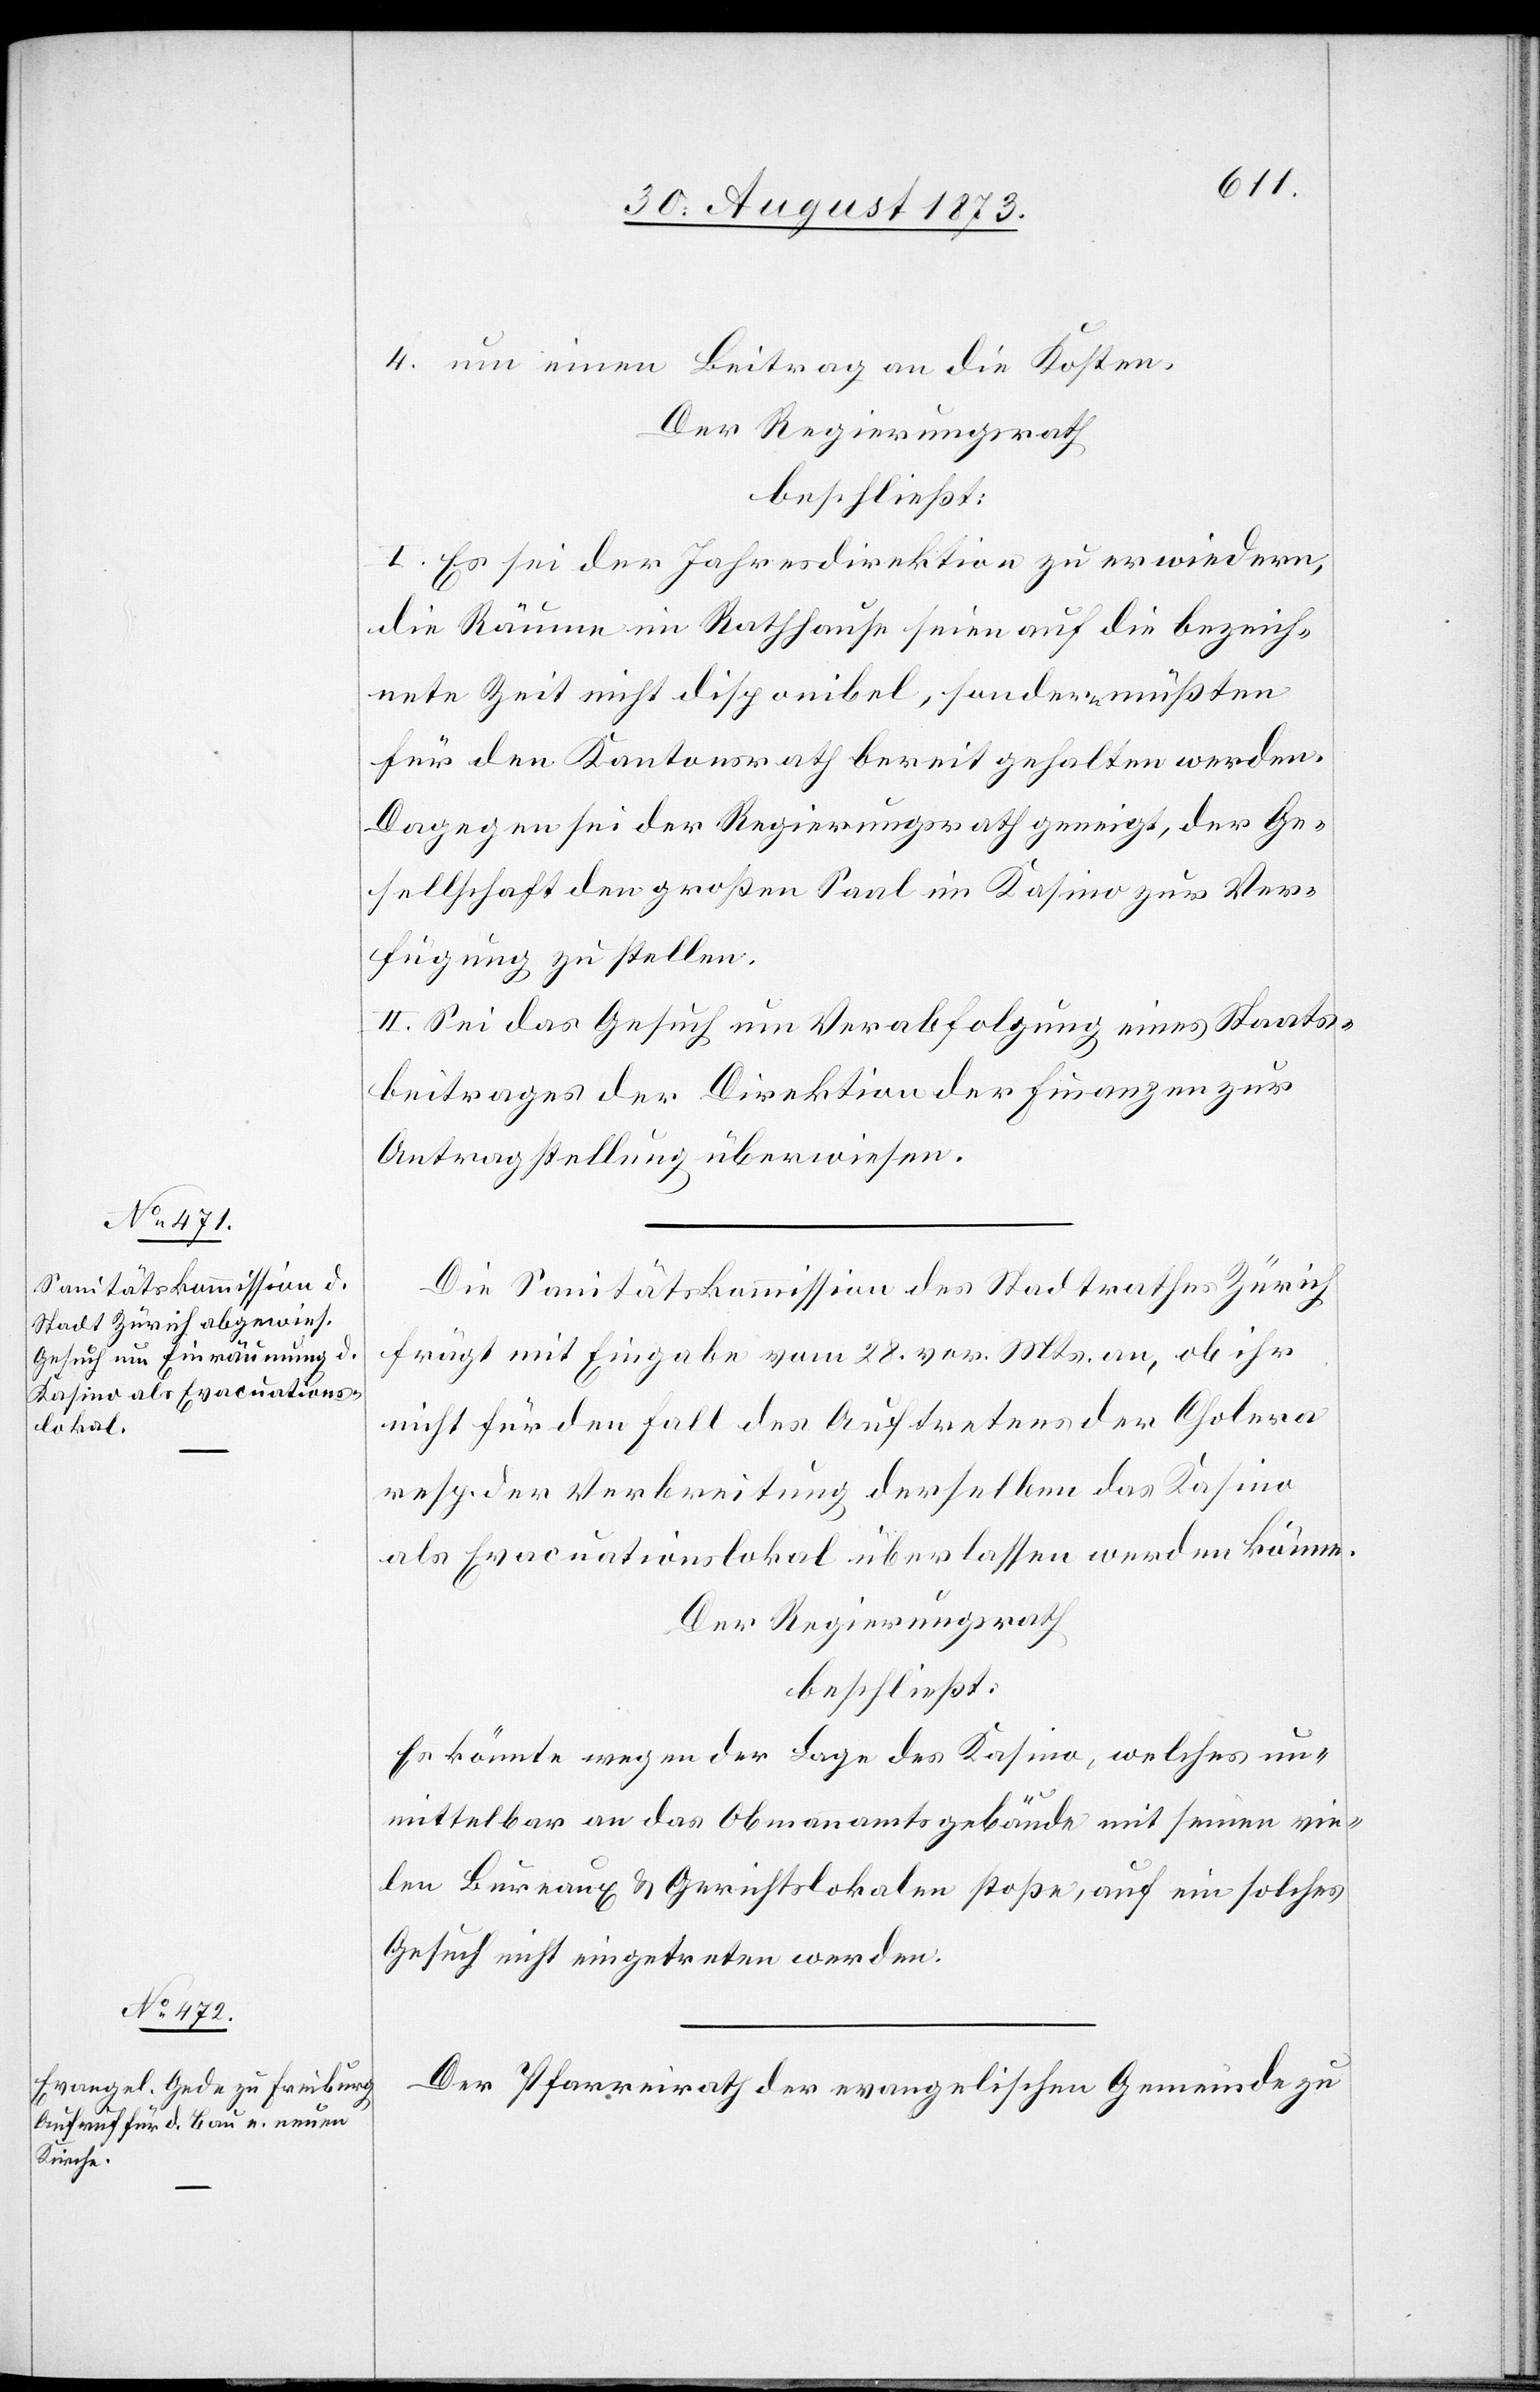
4. um einen Beitrag an die Kosten.
Der Regierungsrath
beschließt:
I. Es sei der Jahresdirektion zu erwiedern,
die Räume im Rathhause seien auf die bezeich¬
nete Zeit nicht disponibel, sondern müßten
für den Kantonsrath bereit gehalten werden.
Dagegen sei der Regierungsrath geneigt, der Ge¬
sellschaft den großen Saal im Kasino zur Ver¬
fügung zu stellen.
II. Sei das Gesuch um Verabfolgung eines Staats¬
beitrages der Direktion der Finanzen zur
Antragstellung überwiesen.
Die Sanitätskommission des Stadtrathes Zürich
frägt mit Eingabe vom 28. vor. Mts. an, ob ihr
nicht für den Fall des Auftretens der Cholera
resp. der Verbreitung derselben das Kasino
als Evacuationslokal überlassen werden könne.
Der Regierungsrath
beschließt:
Es könnte wegen der Lage des Kasino, welches un¬
mittelbar an das Obmannamtsgebäude mit seinen vie¬
len Bureaux & Gerichtslokalen stoße, auf ein solches
Gesuch nicht eingetreten werden.
Der Pfarreirath der evangelischen Gemeinde zu